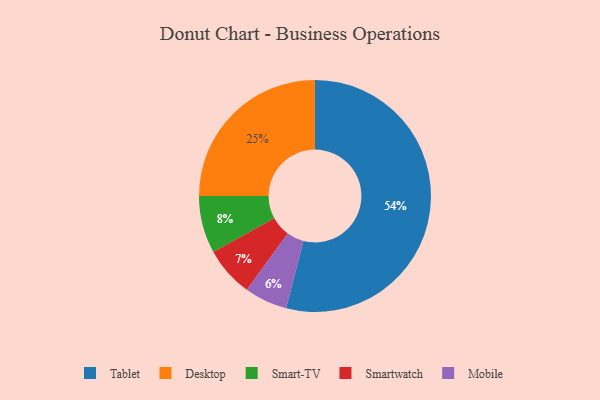
{"axis": {"x": "Category", "y": "Percentage"}, "legend": ["Desktop", "Mobile", "Smart-TV", "Smartwatch", "Tablet"], "data": [{"x": "Tablet", "y": 54, "type": "Tablet"}, {"x": "Mobile", "y": 6, "type": "Mobile"}, {"x": "Smart-TV", "y": 8, "type": "Smart-TV"}, {"x": "Smartwatch", "y": 7, "type": "Smartwatch"}, {"x": "Desktop", "y": 25, "type": "Desktop"}]}